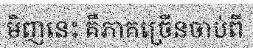
មិញនេះ គឺភាគច្រើនចាប់ពី